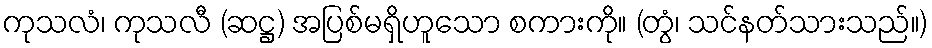
ကုသလံ၊ ကုသလီ (ဆဋ္ဌ) အပြစ်မရှိဟူသော စကားကို။ (တွံ၊ သင်နတ်သားသည်။)